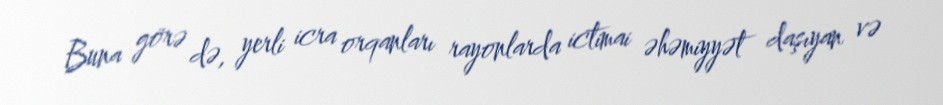
Buna görə də, yerli icra orqanları rayonlarda ictimai əhəmiyyət daşıyan və